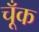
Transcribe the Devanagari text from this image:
चूँक